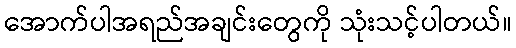
အောက်ပါအရည်အချင်းတွေကို သုံးသင့်ပါတယ်။